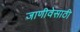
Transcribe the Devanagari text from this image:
जाणीवेसाठी